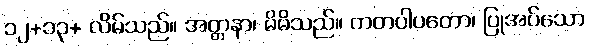
၁၂+၁၃+ လိမ်သည်။ အတ္တနာ၊ မိမိသည်။ ကတပါပတော၊ ပြုအပ်သော